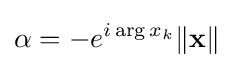
\alpha =-e^{i\arg x_{k}}\|\mathbf {x} \|